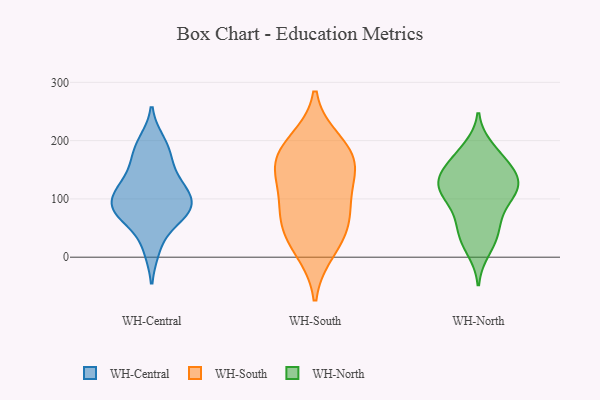
{"axis": {"x": "Bounce Rate (%)", "y": "Value"}, "legend": ["WH-Central", "WH-North", "WH-South"], "data": [{"x": "", "y": 15, "type": "WH-Central"}, {"x": "", "y": 197, "type": "WH-Central"}, {"x": "", "y": 78, "type": "WH-Central"}, {"x": "", "y": 94, "type": "WH-Central"}, {"x": "", "y": 115, "type": "WH-Central"}, {"x": "", "y": 160, "type": "WH-Central"}, {"x": "", "y": 120, "type": "WH-Central"}, {"x": "", "y": 71, "type": "WH-Central"}, {"x": "", "y": 122, "type": "WH-Central"}, {"x": "", "y": 181, "type": "WH-Central"}, {"x": "", "y": 79, "type": "WH-Central"}, {"x": "", "y": 78, "type": "WH-Central"}, {"x": "", "y": 198, "type": "WH-South"}, {"x": "", "y": 74, "type": "WH-South"}, {"x": "", "y": 144, "type": "WH-South"}, {"x": "", "y": 63, "type": "WH-South"}, {"x": "", "y": 150, "type": "WH-South"}, {"x": "", "y": 12, "type": "WH-South"}, {"x": "", "y": 100, "type": "WH-South"}, {"x": "", "y": 181, "type": "WH-South"}, {"x": "", "y": 167, "type": "WH-South"}, {"x": "", "y": 36, "type": "WH-South"}, {"x": "", "y": 140, "type": "WH-North"}, {"x": "", "y": 55, "type": "WH-North"}, {"x": "", "y": 174, "type": "WH-North"}, {"x": "", "y": 123, "type": "WH-North"}, {"x": "", "y": 98, "type": "WH-North"}, {"x": "", "y": 123, "type": "WH-North"}, {"x": "", "y": 173, "type": "WH-North"}, {"x": "", "y": 88, "type": "WH-North"}, {"x": "", "y": 135, "type": "WH-North"}, {"x": "", "y": 104, "type": "WH-North"}, {"x": "", "y": 56, "type": "WH-North"}, {"x": "", "y": 116, "type": "WH-North"}, {"x": "", "y": 154, "type": "WH-North"}, {"x": "", "y": 27, "type": "WH-North"}, {"x": "", "y": 121, "type": "WH-North"}, {"x": "", "y": 142, "type": "WH-North"}, {"x": "", "y": 12, "type": "WH-North"}, {"x": "", "y": 39, "type": "WH-North"}, {"x": "", "y": 187, "type": "WH-North"}]}